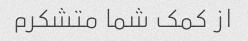
از کمک شما متشکرم